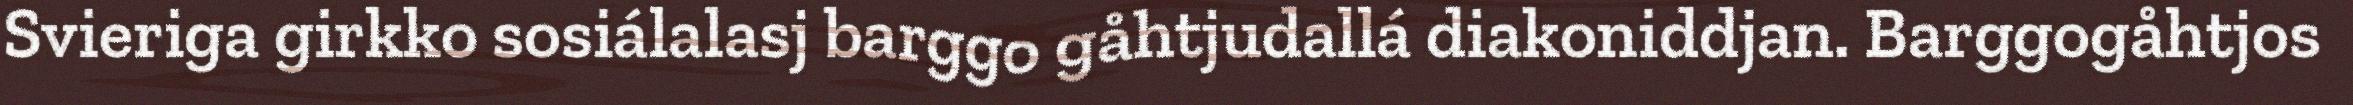
Svieriga girkko sosiálalasj barggo gåhtjudallá diakoniddjan. Barggogåhtjos